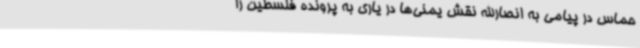
حماس در پیامی به انصارالله نقش یمنی‌ها در یاری به پرونده فلسطین را